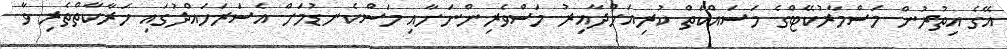
އޭގެ އިތުރުން މަސްމާރުކޭޓްގެ މަސައްކަތް ކުރިއަށްދާއިރު މަސްވެރިންނަށާއި މަސްކެނޑުމަށް އެސަރަހައްދުގައި ހަރާކާތްތެރި ވާ